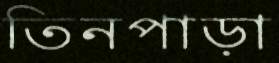
তিনপাড়া